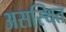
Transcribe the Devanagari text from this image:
असस्थित